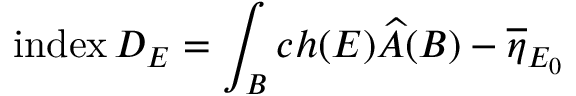
\mathrm { i n d e x } \, D _ { E } = \int _ { B } c h ( E ) \widehat { A } ( B ) - \overline { { \eta } } _ { E _ { 0 } }